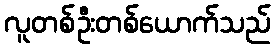
လူတစ်ဦးတစ်ယောက်သည်